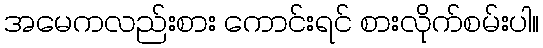
အမေကလည်းစား ကောင်းရင် စားလိုက်စမ်းပါ။